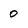
Character: O